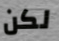
لكن